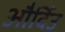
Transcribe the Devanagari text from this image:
और्दिउ